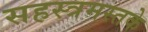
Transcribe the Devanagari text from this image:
सहस्त्रमस्तके